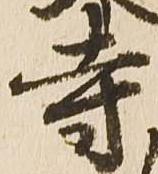
寺